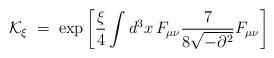
LaTeX: \begin{align*}{\mathcal K}_\xi \;=\; \exp \left[ \frac{\xi}{4} \int d^3x \,F_{\mu\nu} \frac{7}{8\sqrt{-\partial^2}} F_{\mu\nu} \right]\;\end{align*}